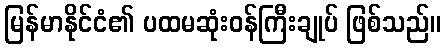
မြန်မာနိုင်ငံ၏ ပထမဆုံးဝန်ကြီးချုပ် ဖြစ်သည်။